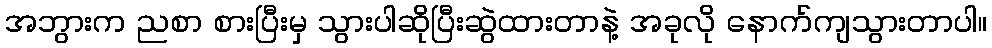
အဘွားက ညစာ စားပြီးမှ သွားပါဆိုပြီးဆွဲထားတာနဲ့ အခုလို နောက်ကျသွားတာပါ။